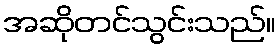
အဆိုတင်သွင်းသည်။